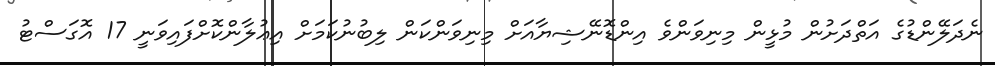
ނެދަލޭންޑުގެ އަތްދަށުން މުޅީން މިނިވަންވެ އިންޑޮނޭޝިޔާއަށް މިނިވަންކަން ލިބުނުކަމަށް އިޢުލާންކޮށްފައިވަނީ 17 އޮގަސްޓު